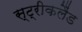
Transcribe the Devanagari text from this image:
स्ट्रीकलैंड